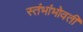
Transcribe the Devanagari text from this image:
स्तंभांभोवती